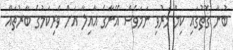
ބުނާ ގޮތުގައި ކިމް މަރުވި ނަމަވެސް އޭނާގެ އާއިލާ އަށް ވެރިކަމުގެ ބާރުތައް